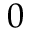
0